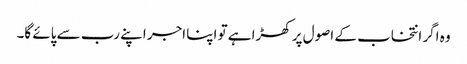
وہ اگر انتخاب کے اصول پر کھڑا ہے تو اپنا اجر اپنے رب سے پائے گا۔